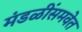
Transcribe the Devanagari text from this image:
मंडळींसमवेत